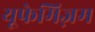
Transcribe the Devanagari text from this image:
यूफेमिज़म